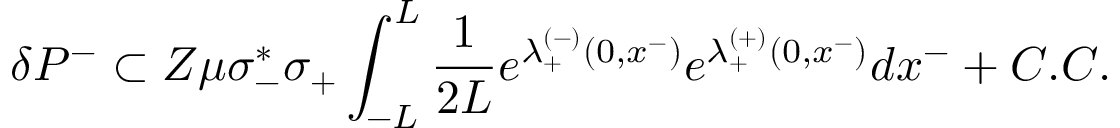
\delta P ^ { - } \subset Z \mu \sigma _ { - } ^ { * } \sigma _ { + } \int _ { - L } ^ { L } { \frac { 1 } { 2 L } } e ^ { \lambda _ { + } ^ { ( - ) } ( 0 , x ^ { - } ) } e ^ { \lambda _ { + } ^ { ( + ) } ( 0 , x ^ { - } ) } d x ^ { - } + C . C .